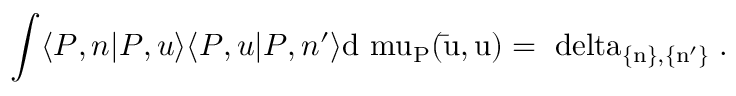
\int \langle P , n | P , u \rangle \langle P , u | P , n ^ { \prime } \rangle \mathrm { d \ m u _ { P } ( \bar { u } , u ) = \ d e l t a _ { \{ n \} , \{ n ^ { \prime } \} } \; . }